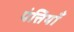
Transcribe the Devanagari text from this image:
पंत्तियाँ